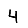
Digit: 4